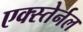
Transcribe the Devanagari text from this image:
एक्स्तेर्नल